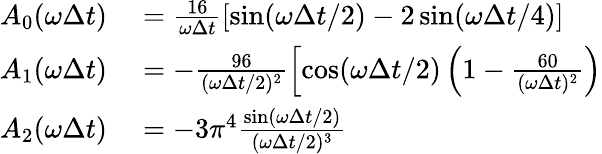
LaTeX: \begin{array}{rl}{A_{0}(\omega\Delta t)}&{{}=\frac{16}{\omega\Delta t}\left[\sin(\omega\Delta t/2)-2\sin(\omega\Delta t/4)\right]}\\ {A_{1}(\omega\Delta t)}&{{}=-\frac{96}{(\omega\Delta t/2)^{2}}\left[\cos(\omega\Delta t/2)\left(1-\frac{60}{(\omega\Delta t)^{2}}\right)\right.}\\ {A_{2}(\omega\Delta t)}&{{}=-3\pi^{4}\frac{\sin(\omega\Delta t/2)}{(\omega\Delta t/2)^{3}}}\end{array}